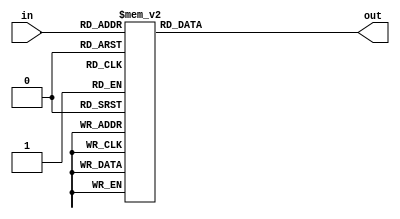
module hex7seg (
	input [3:0] in,
	output reg [0:6] out
);

always @(*) begin
	case(in)
		4'h0: out = 7'h01;
		4'h1: out = 7'h4F;
		4'h2: out = 7'h12;
		4'h3: out = 7'h06;
		4'h4: out = 7'h4C;
		4'h5: out = 7'h24;
		4'h6: out = 7'h20;
		4'h7: out = 7'h0F;
		4'h8: out = 7'h00;
		4'h9: out = 7'h04;
		4'hA: out = 7'h08;
		4'hB: out = 7'h60;
		4'hC: out = 7'h31;
		4'hD: out = 7'h42;
		4'hE: out = 7'h30;
		4'hF: out = 7'h38;
	endcase
end
endmodule